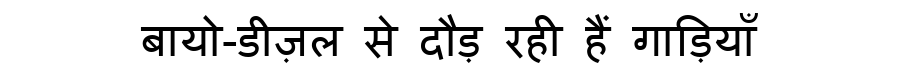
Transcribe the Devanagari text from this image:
बायो-डीज़ल से दौड़ रही हैं गाड़ियाँ